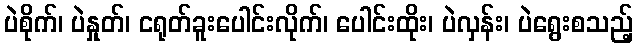
ပဲစိုက်၊ ပဲနှုတ်၊ ငရုတ်ခူးပေါင်းလိုက်၊ ပေါင်းထိုး၊ ပဲလှန်း၊ ပဲရွေးစသည့်